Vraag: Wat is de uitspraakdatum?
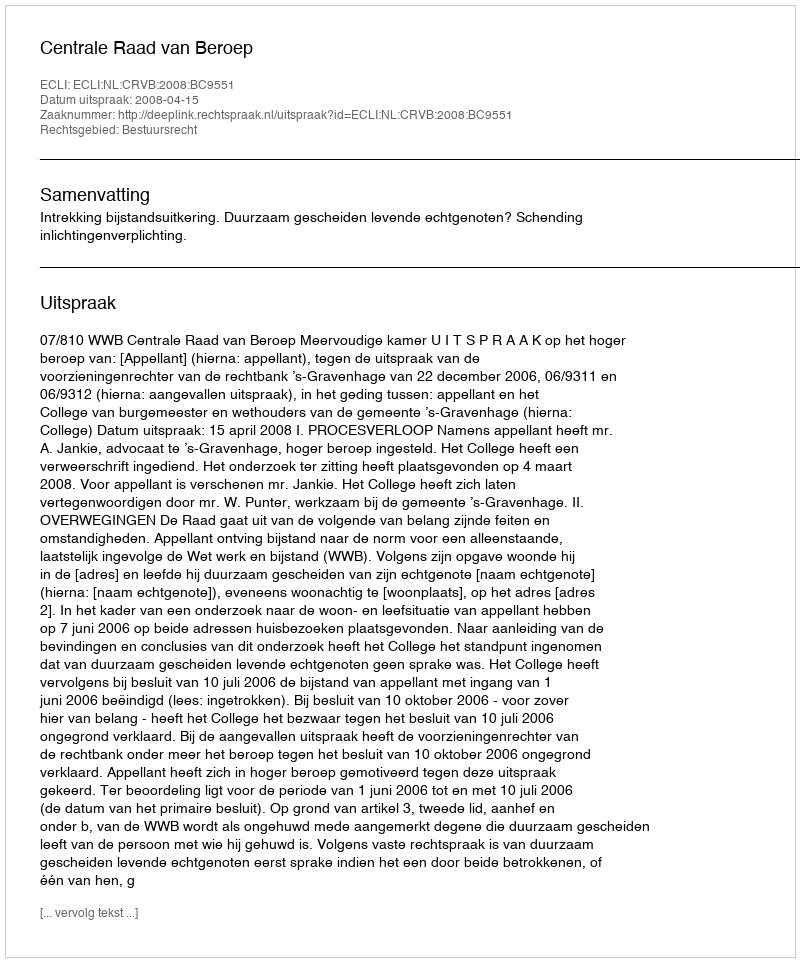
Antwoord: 2008-04-15